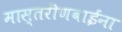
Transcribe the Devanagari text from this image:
मास्तरीणबाईंना